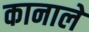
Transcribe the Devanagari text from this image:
कानाले